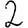
Digit: 2